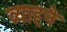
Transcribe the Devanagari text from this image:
व्याहने